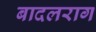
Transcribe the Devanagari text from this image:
बादलराग